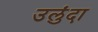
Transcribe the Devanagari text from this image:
उलुंदा